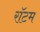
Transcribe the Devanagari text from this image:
रॉटम